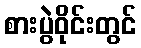
စားပွဲဝိုင်းတွင်